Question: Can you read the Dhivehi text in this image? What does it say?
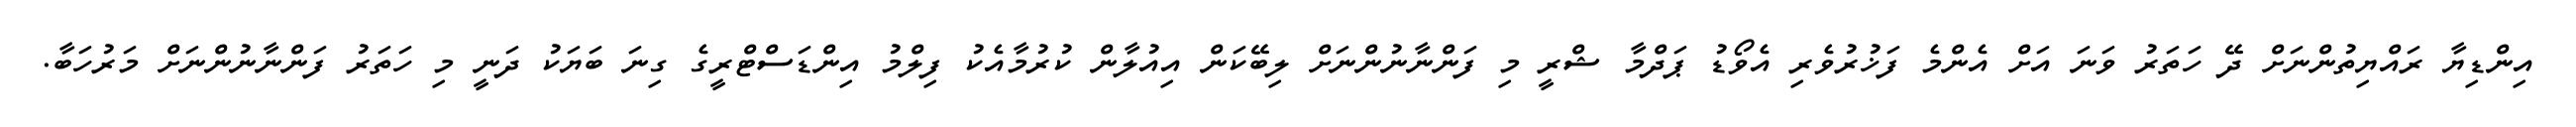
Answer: އިންޑިޔާ ރައްޔިތުންނަށް ދޭ ހަތަރު ވަނަ އަށް އެންމެ ފަޚުރުވެރި އެވޯޑު ޕަދްމާ ޝްރީ މި ފަންނާނުންނަށް ލިބޭކަން އިއުލާން ކުރުމާއެކު ފިލްމު އިންޑަސްޓްރީގެ ގިނަ ބަޔަކު ދަނީ މި ހަތަރު ފަންނާނުންނަށް މަރުހަބާ.